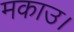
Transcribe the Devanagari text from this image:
मकाउ।